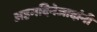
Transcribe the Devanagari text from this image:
अहमदिनेजादांनी